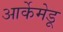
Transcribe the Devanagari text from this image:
आर्केमेडू